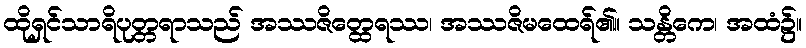
ထိုရှင်သာရိပုတ္တရာသည် အဿဇိတ္ထေရဿ၊ အဿဇိမထေရ်၏။ သန္တိကေ၊ အထံ၌။